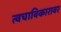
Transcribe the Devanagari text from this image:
त्वचाविकारावर